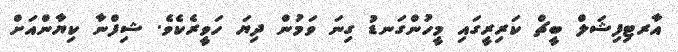
އާރޓިފިޝަލް ބީޗް ކަރިރީގައި މީހުންގަނޑު ގިނަ ވަމުން ދިޔަ ހަވީރެކެވެ. ޝިފްނާ ކިޔާންއަށް